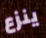
ينزع